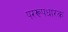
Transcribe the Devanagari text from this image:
पररूपधारक